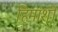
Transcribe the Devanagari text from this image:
हिमांशी